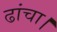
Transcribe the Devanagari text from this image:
ढांचा।